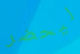
ليحضر